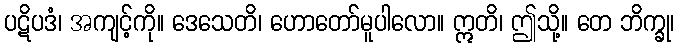
ပဋိပဒံ၊ အကျင့်ကို။ ဒေသေတိ၊ ဟောတော်မူပါလော။ ဣတိ၊ ဤသို့။ တေ ဘိက္ခု၊